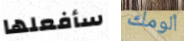
سأفعلها ألومك